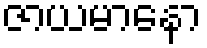
ဇာယမာနော